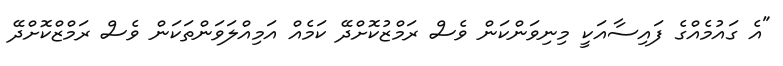
"އެ ގައުމެއްގެ ފައިސާއަކީ މިނިވަންކަން ވެސް ރަމްޒުކޮށްދޭ ކަމެއް އަމިއްލަވަންތަކަން ވެސް ރަމްޒްކޮށްދޭ